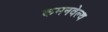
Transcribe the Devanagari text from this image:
कमनवेल्थ